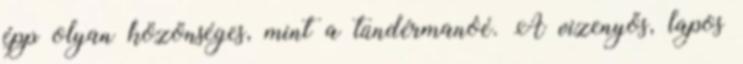
épp olyan közönséges, mint a tündérmanóé. A vizenyős, lapos